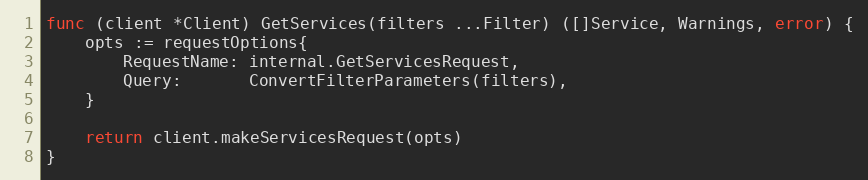
Language: Go
func (client *Client) GetServices(filters ...Filter) ([]Service, Warnings, error) {
	opts := requestOptions{
		RequestName: internal.GetServicesRequest,
		Query:       ConvertFilterParameters(filters),
	}

	return client.makeServicesRequest(opts)
}